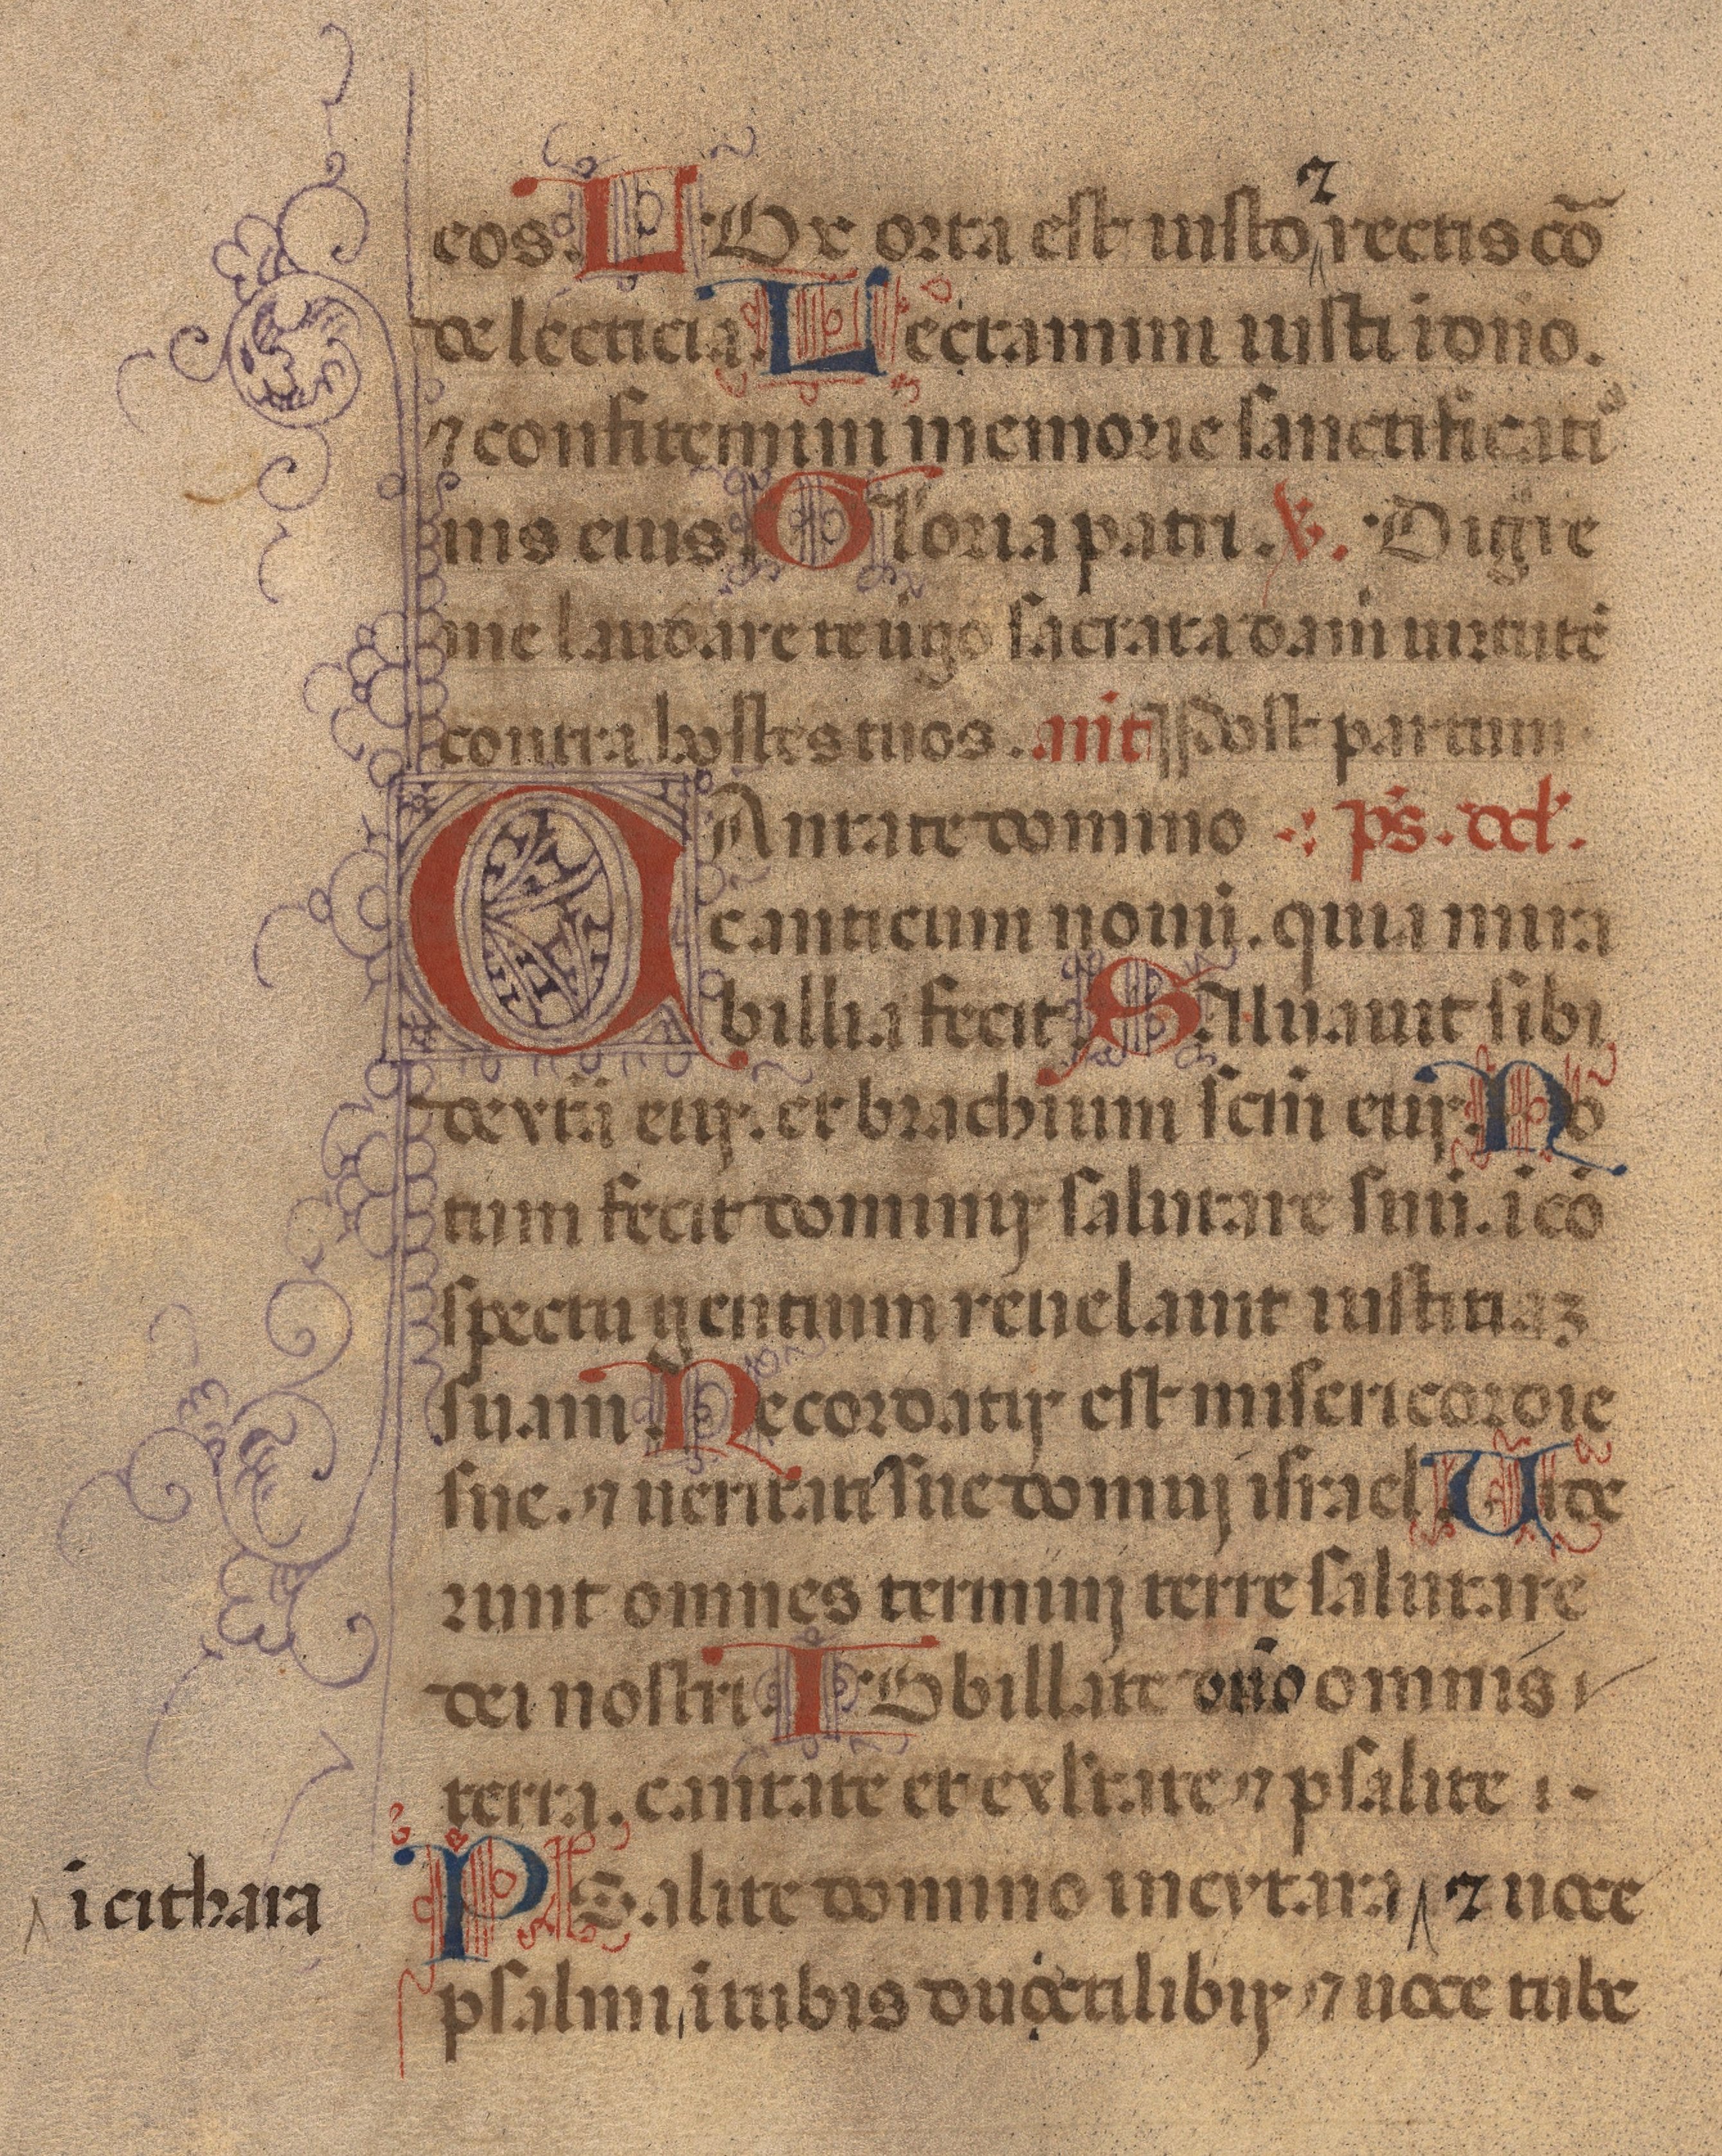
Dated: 1450–1484